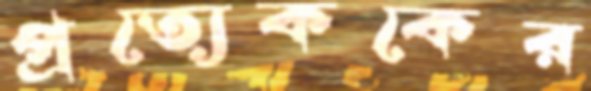
প্রত্যেককের